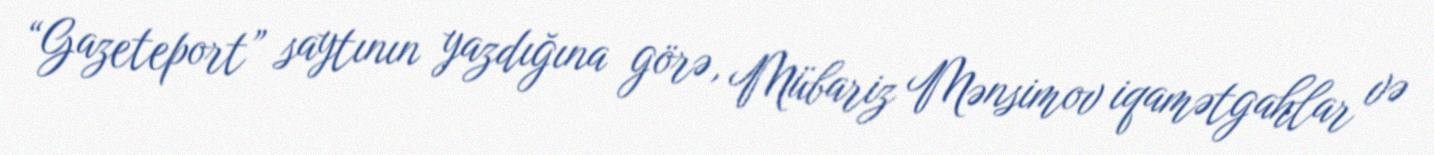
“Gazeteport” saytının yazdığına görə, Mübariz Mənsimov iqamətgahlar və